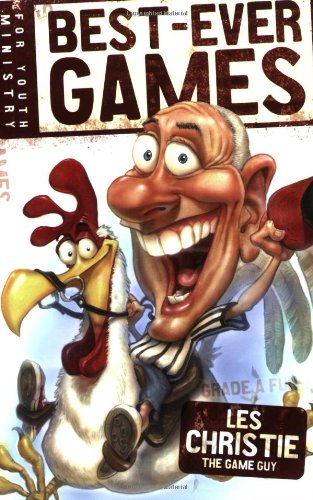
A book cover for Best-ever Games for Youth Ministry; Les Christie; Christian Books & Bibles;